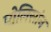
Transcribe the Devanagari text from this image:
पोलिसांन